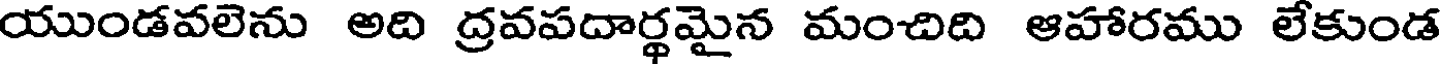
యుండవలెను అది ద్రవపదార్థమైన మంచిది ఆహారము లేకుండ